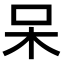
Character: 呆